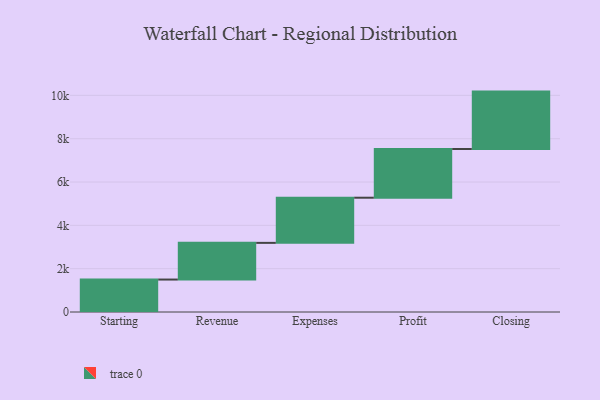
{"axis": {"x": "Step", "y": "Value"}, "legend": [""], "data": [{"x": "Starting", "y": 1498.0, "type": ""}, {"x": "Revenue", "y": 1693.0, "type": ""}, {"x": "Expenses", "y": 2085.0, "type": ""}, {"x": "Profit", "y": 2248.0, "type": ""}, {"x": "Closing", "y": 2650.0, "type": ""}]}